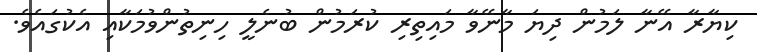
ކިޔާރާ އޭނާ ލަމުން ދިޔަ މާނޭވާ މައިތިރި ކުރަމުން ބުނެލީ ހިނިތުންވުމަކާއި އެކުގައެވެ.